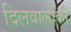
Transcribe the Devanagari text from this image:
दिलवालोंकी